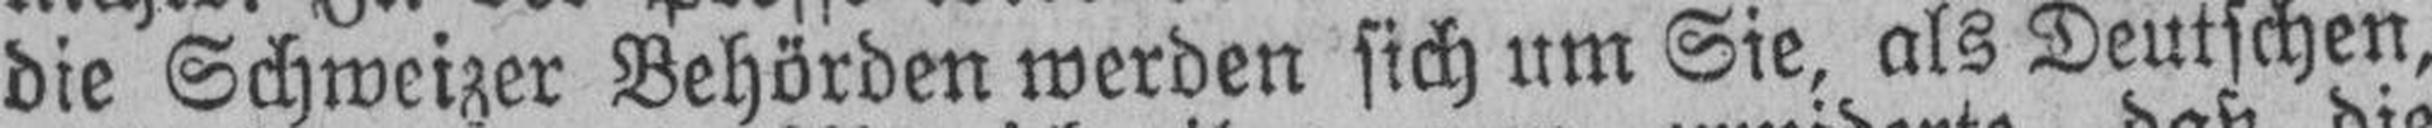
die Schweizer Behörden werden sich um Sie, als Deutschen,